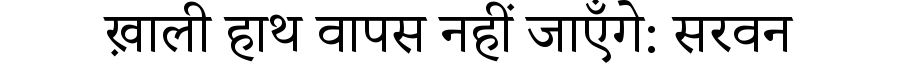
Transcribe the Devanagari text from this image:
ख़ाली हाथ वापस नहीं जाएँगे: सरवन